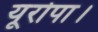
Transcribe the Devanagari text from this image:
यूरोपा।